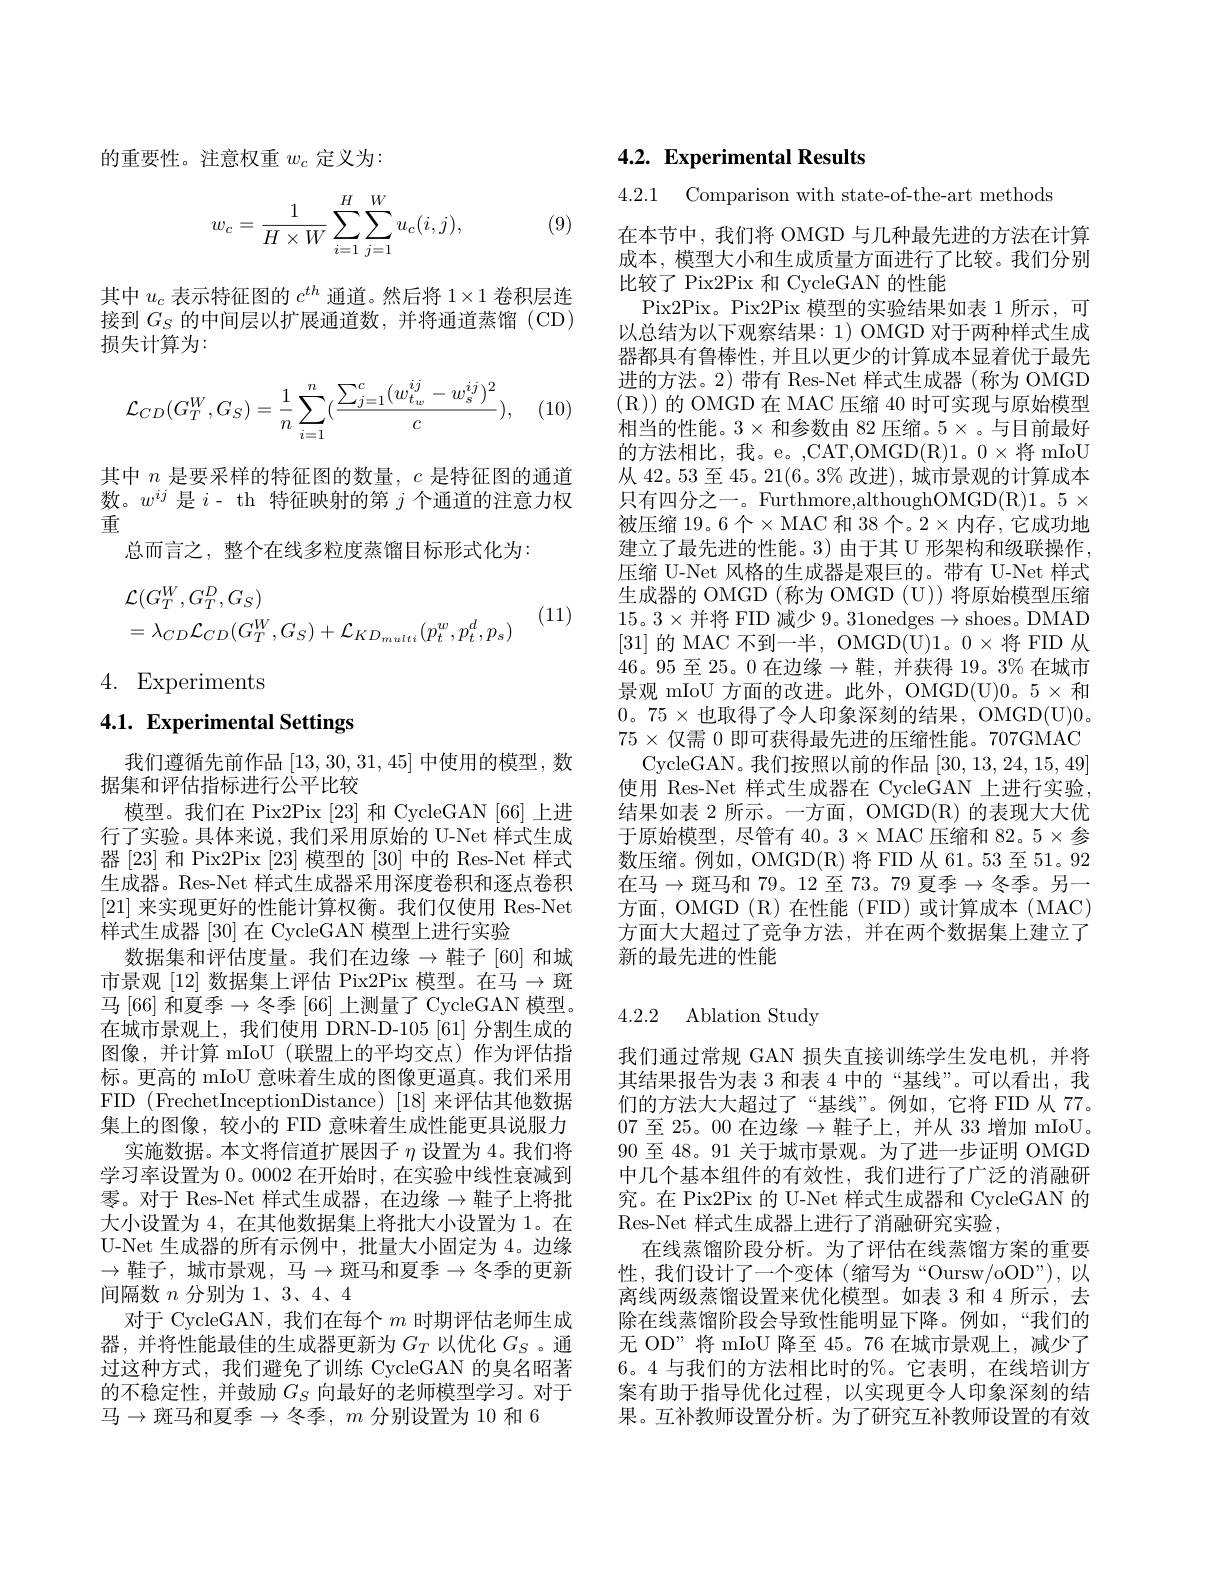
的重要性。注意权重$w_c$定义为：

(9)
$$\begin{aligned}w_c=\frac{1}{H\times W}\sum_{i=1}^{H}\sum_{j=1}^{W}u_c(i,j),\end{aligned}$$
其中$u_c$表示特征图的$c^th$通道。然后将 1$\times1$卷积层连接到$G_S$的中间层以扩展通道数，并将通道蒸馏 (CD) 损失计算为：

(10)
$$\mathcal{L}_{CD}(G_T^W,G_S)=\dfrac{1}{n}\sum_{i=1}^n(\dfrac{\sum_{j=1}^c(w_{t_w}^{ij}-w_s^{ij})^2}{c}),$$
其中$n$是要采样的特征图的数量，$c$是特征图的通道数。$w^{ij}$是$i$- th 特征映射的第$j$个通道的注意力权重
总而言之，整个在线多粒度蒸馏目标形式化为：
$$\begin{aligned}&\mathcal{L}(G_{T}^{W},G_{T}^{D},G_{S})\\&=\lambda_{CD}\mathcal{L}_{CD}(G_{T}^{W},G_{S})+\mathcal{L}_{KD_{multi}}(p_{t}^{w},p_{t}^{d},p_{s})\end{aligned}$$
(11)

4. Experiments

# 4.1. Experimental Settings

我们遵循先前作品[13,30,31,45]中使用的模型，数
据集和评估指标进行公平比较
模型。我们在 Pix2Pix [23]和 CycleGAN [66] 上进行了实验。具体来说，我们采用原始的 U-Net 样式生成器[23]和 Pix2Pix [23]模型的[30]中的 Res-Net 样式生成器。Res-Net 样式生成器采用深度卷积和逐点卷积[21]来实现更好的性能计算权衡。我们仅使用 Res-Net 样式生成器 [30] 在 CycleGAN 模型上进行实验
数据集和评估度量。我们在边缘$\to$鞋子[60] 和城市景观 [12] 数据集上评估 Pix2Pix 模型。在马$\to$斑马 [66] 和夏季$\to$冬季 [66] 上测量了 CycleGAN 模型。在城市景观上，我们使用 DRN-D-105[61] 分割生成的图像，并计算 mIoU(联盟上的平均交点)作为评估指标。更高的 mIoU 意味着生成的图像更逼真。我们采用FID (FrechetInceptionDistance) [18]来评估其他数据集上的图像，较小的 FID 意味着生成性能更具说服力
实施数据。本文将信道扩展因子$\eta$设置为 4。我们将学习率设置为0。0002 在开始时，在实验中线性衰减到零。对于 Res-Net 样式生成器，在边缘$\to$鞋子上将批大小设置为 4, 在其他数据集上将批大小设置为 1。在U-Net 生成器的所有示例中，批量大小固定为 4。边缘$\to$鞋子，城市景观，马$\to$斑马和夏季$\to$冬季的更新间隔数$n$分别为 1、3、4、4
对于 CycleGAN, 我们在每个$m$时期评估老师生成器，并将性能最佳的生成器更新为$G_T$以优化$G_S$ 。通过这种方式，我们避免了训练 CycleGAN 的臭名昭著的不稳定性，并鼓励$G_S$向最好的老师模型学习。对于马$\to$斑马和夏季$\to$冬季$,m$ 分别设置为 10 和 6

# 4.2. Experimental Results

4.2.1 Comparison with state-of-the-art methods

在本节中，我们将 OMGD 与几种最先进的方法在计算成本，模型大小和生成质量方面进行了比较。我们分别比较了 Pix2Pix 和 CycleGAN 的性能
Pix2Pix。Pix2Pix 模型的实验结果如表 1 所示，可以总结为以下观察结果：1) OMGD 对于两种样式生成器都具有鲁棒性，并且以更少的计算成本显着优于最先进的方法。2) 带有 Res-Net 样式生成器 (称为 OMGD (R))的 OMGD 在 MAC 压缩 40 时可实现与原始模型相当的性能。$3\times$和参数由 82 压缩。5×。与目前最好的方法相比，我。e。,CAT,OMGD(R)1。0$\times 将 mIoU$ 从 42。53 至 45。21(6。3% 改进), 城市景观的计算成本只有四分之一。Furthmore,althoughOMGD(R)1。5$\times$ 被压缩 19。6个$\times$MAC 和 38 个。2$\times$内存，它成功地建立了最先进的性能。3) 由于其 U 形架构和级联操作， 压缩 U-Net 风格的生成器是艰巨的。带有 U-Net 样式生成器的 OMGD (称为 OMGD (U)) 将原始模型压缩15。3$\times$并将 FID 减少 9。31onedges$\to$shoes。DMAD [31] 的 MAC 不到一半，OMGD(U)1。0$\times$将 FID 从46。95 至 25。0 在边缘$\to$鞋，并获得 19。3% 在城市景观 mIoU 方面的改进。此外，OMGD(U)0。5× 和$0。75\times$也取得了令人印象深刻的结果，OMGD(U)0。$75\times$仅需0即可获得最先进的压缩性能。707GMAC
CycleGAN。我们按照以前的作品[30,13,24,15,49] 使用 Res-Net 样式生成器在 CycleGAN 上进行实验， 结果如表 2 所示。一方面，OMGD(R) 的表现大大优于原始模型，尽管有 40。3$\times$ MAC 压缩和 82。5$\times$参数压缩。例如，OMGD(R)将 FID 从 61。53 至 51。92在马$\to$斑马和 79。12 至 73。79 夏季$\to$冬季。另一方面，OMGD (R) 在性能 (FID) 或计算成本 (MAC) 方面大大超过了竞争方法，并在两个数据集上建立了新的最先进的性能

## 4.2.2 Ablation Study

我们通过常规 GAN 损失直接训练学生发电机，并将其结果报告为表 3 和表 4 中的“基线”。可以看出，我们的方法大大超过了“基线”。例如，它将 FID 从 77。07 至 25。00 在边缘$\to$鞋子上，并从 33 增加 mIoU。90至 48。91 关于城市景观。为了进一步证明 OMGD 中几个基本组件的有效性，我们进行了广泛的消融研究。在 Pix2Pix 的 U-Net 样式生成器和 CycleGAN 的Res-Net 样式生成器上进行了消融研究实验，
在线蒸馏阶段分析。为了评估在线蒸馏方案的重要性，我们设计了一个变体(缩写为“Oursw/oOD”),以离线两级蒸馏设置来优化模型。如表 3 和 4 所示，去除在线蒸馏阶段会导致性能明显下降。例如，“我们的无 OD”将 mIoU 降至45。76 在城市景观上，减少了6。4 与我们的方法相比时的%。它表明，在线培训方案有助于指导优化过程，以实现更令人印象深刻的结果。互补教师设置分析。为了研究互补教师设置的有效